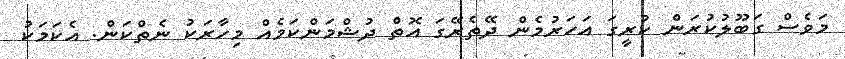
މަވެސް ގަބޫލުުކުރަން ކުރީގަ އަހަރުމެން ދޭތެރޭގަ އޮތް ދުޝްމަންކަމެއް މިހާރަކު ނެތްކަން. އެކަމަކު